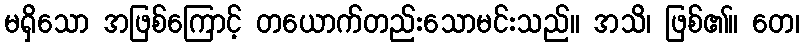
မရှိသော အဖြစ်ကြောင့် တယောက်တည်းသောမင်းသည်။ အသိ၊ ဖြစ်၏။ တေ၊